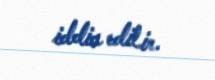
iddia edilir.